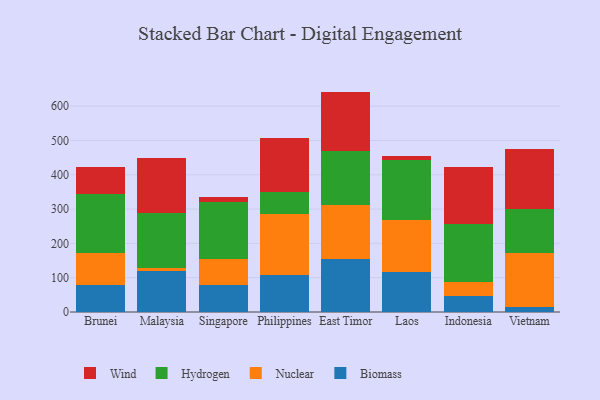
{"axis": {"x": "Country", "y": "Inventory Turnover"}, "legend": ["Biomass", "Hydrogen", "Nuclear", "Wind"], "data": [{"x": "Brunei", "y": 78.8, "type": "Biomass"}, {"x": "Brunei", "y": 92.7, "type": "Nuclear"}, {"x": "Brunei", "y": 171.7, "type": "Hydrogen"}, {"x": "Brunei", "y": 78.4, "type": "Wind"}, {"x": "Malaysia", "y": 120.1, "type": "Biomass"}, {"x": "Malaysia", "y": 9.1, "type": "Nuclear"}, {"x": "Malaysia", "y": 160.4, "type": "Hydrogen"}, {"x": "Malaysia", "y": 160.4, "type": "Wind"}, {"x": "Singapore", "y": 78.2, "type": "Biomass"}, {"x": "Singapore", "y": 77.7, "type": "Nuclear"}, {"x": "Singapore", "y": 164.5, "type": "Hydrogen"}, {"x": "Singapore", "y": 16.2, "type": "Wind"}, {"x": "Philippines", "y": 108.7, "type": "Biomass"}, {"x": "Philippines", "y": 176.9, "type": "Nuclear"}, {"x": "Philippines", "y": 63.7, "type": "Hydrogen"}, {"x": "Philippines", "y": 157.8, "type": "Wind"}, {"x": "East Timor", "y": 155.9, "type": "Biomass"}, {"x": "East Timor", "y": 155.8, "type": "Nuclear"}, {"x": "East Timor", "y": 158.0, "type": "Hydrogen"}, {"x": "East Timor", "y": 172.8, "type": "Wind"}, {"x": "Laos", "y": 116.4, "type": "Biomass"}, {"x": "Laos", "y": 152.7, "type": "Nuclear"}, {"x": "Laos", "y": 174.7, "type": "Hydrogen"}, {"x": "Laos", "y": 10.5, "type": "Wind"}, {"x": "Indonesia", "y": 46.3, "type": "Biomass"}, {"x": "Indonesia", "y": 41.9, "type": "Nuclear"}, {"x": "Indonesia", "y": 169.2, "type": "Hydrogen"}, {"x": "Indonesia", "y": 164.5, "type": "Wind"}, {"x": "Vietnam", "y": 14.9, "type": "Biomass"}, {"x": "Vietnam", "y": 156.5, "type": "Nuclear"}, {"x": "Vietnam", "y": 128.3, "type": "Hydrogen"}, {"x": "Vietnam", "y": 175.6, "type": "Wind"}]}